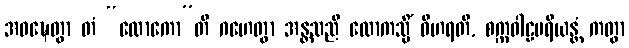
အဝဍ္ဎေတွာ တံ “လောကော”တိ ဂဟေတွာ အန္တသညီ လောကသ္မိံ ဝိဟရတိ, စက္ကဝါဠပရိယန္တံ ကတွာ